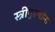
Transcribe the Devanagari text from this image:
स्त्रीपुरूषांना